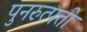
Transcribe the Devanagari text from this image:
पुनरुत्पत्ती